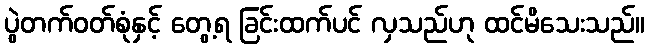
ပွဲတက်ဝတ်စုံနှင့် တွေ့ရ ခြင်းထက်ပင် လှသည်ဟု ထင်မိသေးသည်။